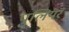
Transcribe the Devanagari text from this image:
पुलियर